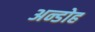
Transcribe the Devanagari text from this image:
अन्डोह